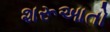
શરૂઆતો